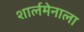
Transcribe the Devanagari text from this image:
शार्लमेनाला